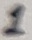
Text: 1